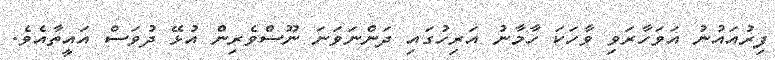
ފިރުއައުނު އަވަހާރަވި ވާހަކަ ހާމާނު އަރިހުގައި ދަންނަވަނަ ނޫސްވެރިން އުޅޭ ދުވަސް އައީތާއެވެ.